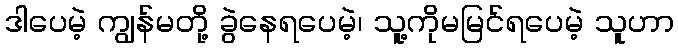
ဒါပေမဲ့ ကျွန်မတို့ ခွဲနေရပေမဲ့၊ သူ့ကိုမမြင်ရပေမဲ့ သူဟာ